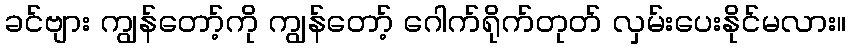
ခင်ဗျား ကျွန်တော့်ကို ကျွန်တော့် ဂေါက်ရိုက်တုတ် လှမ်းပေးနိုင်မလား။